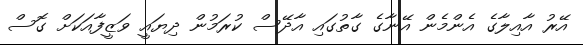
އޭރު އާއިލާގެ އެންމެން އޭނާގެ ގާތުގައި އާދޭސް ކުރަމުން ދިޔައީ ވަޒީފާއަކަށް ގޮސް